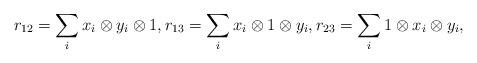
LaTeX: \begin{align*}r_{12}=\sum_ix_i\otimes y_i\otimes 1,r_{13}=\sum_{i}x_i\otimes1\otimes y_i,r_{23}=\sum_i1\otimes x_i\otimes y_i,\end{align*}